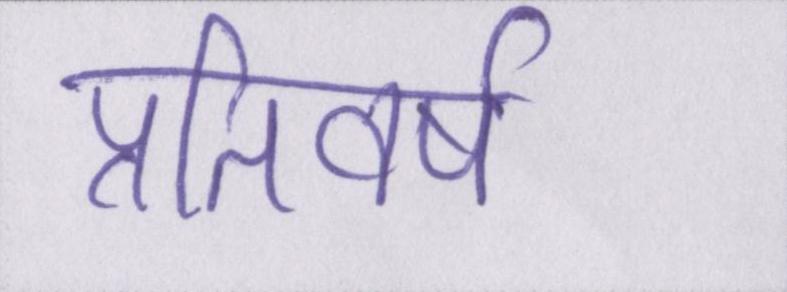
प्रतिवर्ष